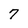
Character: 7